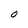
Character: O